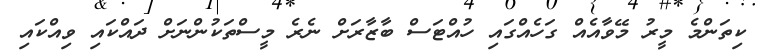
ކިތަންމެ މީރު މޭވާއެއް ގަހެއްގައި ހުއްޓަސް ބާޒާރަށް ނެރެ މީސްތަކުންނަށް ދައްކައި ވިއްކައި